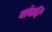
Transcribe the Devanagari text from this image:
पांचवि